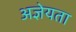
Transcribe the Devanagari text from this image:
अज्ञेयता